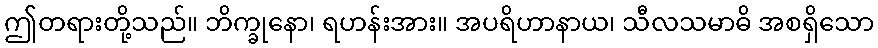
ဤတရားတို့သည်။ ဘိက္ခုနော၊ ရဟန်းအား။ အပရိဟာနာယ၊ သီလသမာဓိ အစရှိသော